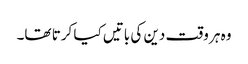
وہ ہر وقت دین کی باتیں کیا کرتا تھا۔